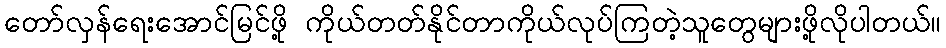
တော်လှန်ရေးအောင်မြင်ဖို့ ကိုယ်တတ်နိုင်တာကိုယ်လုပ်ကြတဲ့သူတွေများဖို့လိုပါတယ်။